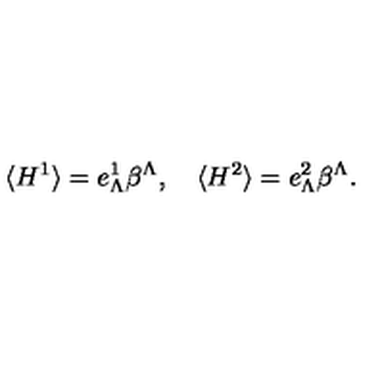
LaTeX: \langle H ^ { 1 } \rangle = e _ { \Lambda } ^ { 1 } \beta ^ { \Lambda } , \quad \langle H ^ { 2 } \rangle = e _ { \Lambda } ^ { 2 } \beta ^ { \Lambda } .